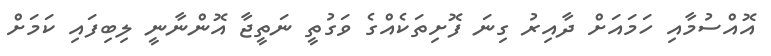
އޮއްސުމާއި ހަމައަށް ދާއިރު ގިނަ ފޮށިތަކެއްގެ ވަގުތީ ނަތީޖާ އޮންނާނީ ލިބިފައި ކަމަށް